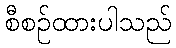
စီစဉ်ထားပါသည်